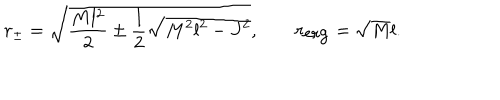
LaTeX: r _ { \pm } = \sqrt { \frac { M l ^ { 2 } } { 2 } \pm \frac { l } { 2 } \sqrt { M ^ { 2 } l ^ { 2 } - J ^ { 2 } } } , \; r _ { \mathrm { e r g } } = \sqrt { M } l .